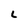
Character: L